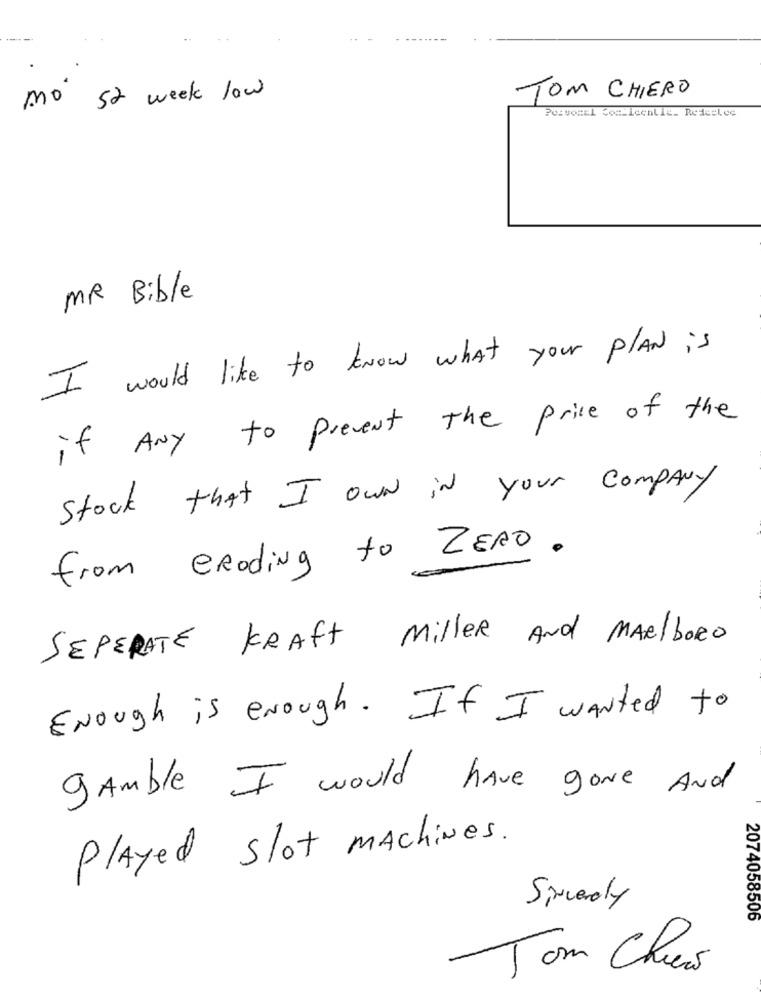
mo 52 week low
TOM CHIERO
Poivostl co =_ icentie_ Redeel ce
MR Bible
I would like to know what your PLAN is
if ANY to prevent the price of the
Stock that I own in your company
from eRoding to ZERO.
SEPERATE KRAFT Miller And MARIboRo
Enough is enough . If I wanted to
gamble I would have gone And
Played slot machines.
Sincerely
2074058506
Tom Chews